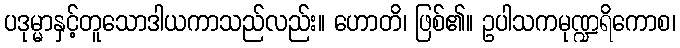
ပဒုမ္မာနှင့်တူသောဒါယကာသည်လည်း။ ဟောတိ၊ ဖြစ်၏။ ဥပါသကမုဏ္ဍရိကောစ၊